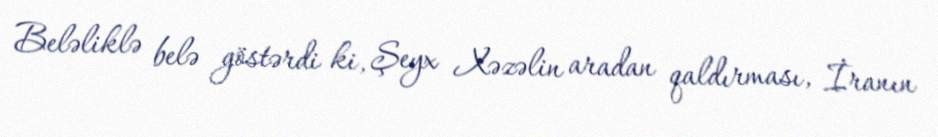
Beləliklə belə göstərdi ki, Şeyx Xəzəlin aradan qaldırması, İranın